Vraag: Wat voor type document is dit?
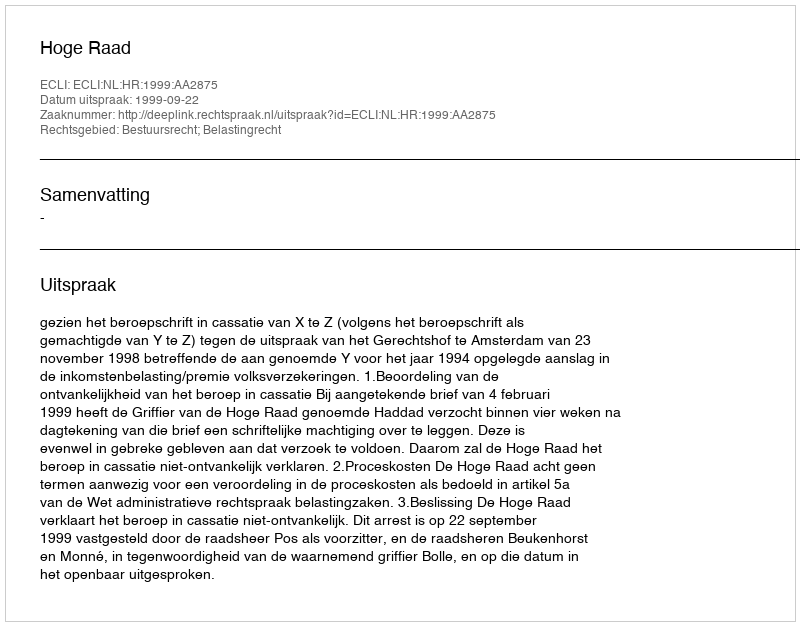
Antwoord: Uitspraak